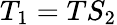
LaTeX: T_{1}=TS_{2}